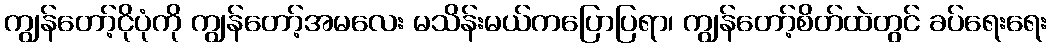
ကျွန်တော့်ငိုပုံကို ကျွန်တော့်အမလေး မသိန်းမယ်ကပြောပြရာ၊ ကျွန်တော့်စိတ်ထဲတွင် ခပ်ရေးရေး